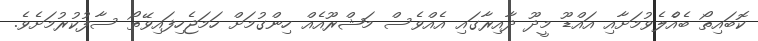
ކޮބައިތޯ ބެއްެލެވުމަށާއި އައްޑޫ މީދޫ ދާއިރާގައި އެއްވެސް މަޝްރޫއެއް ހިންގުމަށް ހަމަޖެހިފައިވޭތޯ ސާފުކުރުމަށެވެ.